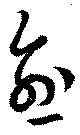
愈